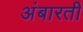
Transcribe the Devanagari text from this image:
अंबारती